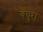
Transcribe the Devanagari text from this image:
वंचुरा